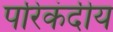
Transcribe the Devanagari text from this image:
परिकंदीय